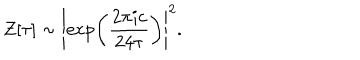
Z [ \tau ] \sim \left| \exp \left( { \frac { 2 \pi i c } { 2 4 \tau } } \right) \right| ^ { 2 } .